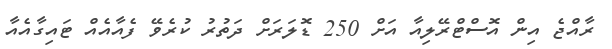
ރާއްޖެ އިން އޮސްޓްރޭލިއާ އަށް 250 ޑޮލަރަށް ދަތުރު ކުރެވޭ ފެއާއެއް ޓައިގާއެއާ